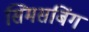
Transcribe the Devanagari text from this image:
सिमसबिंग